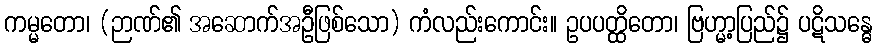
ကမ္မတော၊ (ဉာဏ်၏ အဆောက်အဦဖြစ်သော) ကံလည်းကောင်း။ ဥပပတ္ထိတော၊ ဗြဟ္မာ့ပြည်၌ ပဋိသန္ဓေ